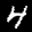
Label: 4